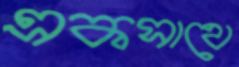
একসাথে